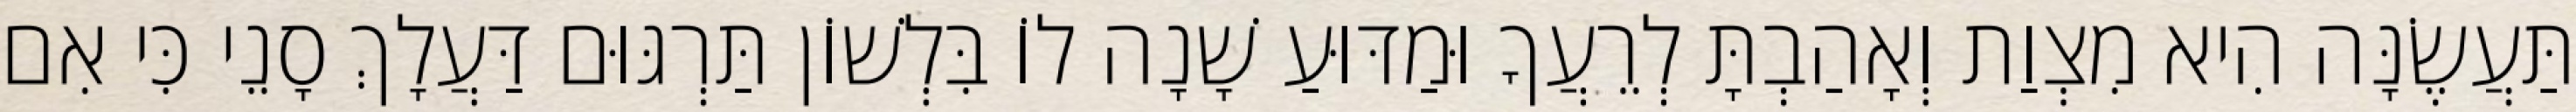
תַּעֲשֶׂנָּה הִיא מִצְוַת וְאָהַבְתָּ לְרֵעֲךָ וּמַדּוּעַ שָׁנָה לוֹ בִּלְשׁוֹן תַּרְגּוּם דַּעֲלָךְ סָנֵי כִּי אִם